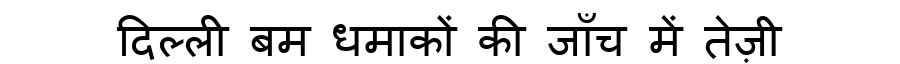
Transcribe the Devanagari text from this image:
दिल्ली बम धमाकों की जाँच में तेज़ी